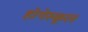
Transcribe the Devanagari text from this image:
होगेस्कूल